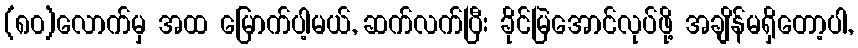
(၈၀)လောက်မှ အထ မြောက်ပါ့မယ်, ဆက်လက်ပြီး ခိုင်မြဲအောင်လုပ်ဖို့ အချိန်မရှိတော့ပါ,